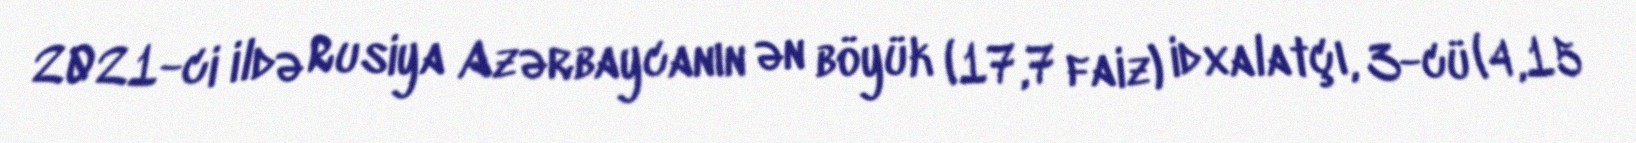
2021-ci ildə Rusiya Azərbaycanın ən böyük (17,7 faiz) idxalatçı, 3-cü (4,15